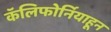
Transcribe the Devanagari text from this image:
कॅलिफोर्नियाहून